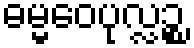
ဓမ္မဝေပုလ္လဉ္စ